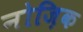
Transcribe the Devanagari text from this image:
नोज़िक